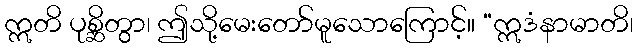
ဣတိ ပုစ္ဆိတွာ၊ ဤသို့မေးတော်မူသောကြောင့်။ “ဣဒံနာမာတိ၊